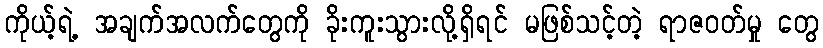
ကိုယ့်ရဲ့ အချက်အလက်တွေကို ခိုးကူးသွားလို့ရှိရင် မဖြစ်သင့်တဲ့ ရာဇဝတ်မှု တွေ